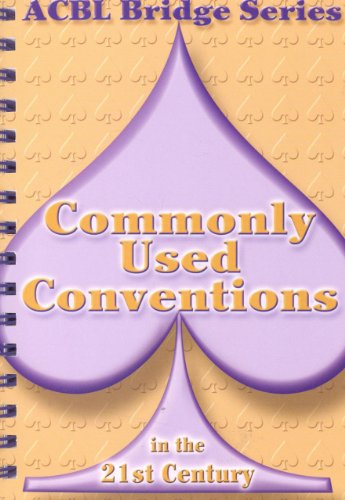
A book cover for Commonly Used Conventions in the 21st Century: The Spade Series (ACBL Bridge); Audrey Grant; Humor & Entertainment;